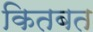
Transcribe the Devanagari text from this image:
कितबत